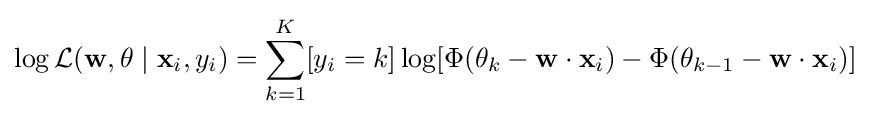
\log {\mathcal {L}}(\mathbf {w} ,\mathbf {\theta } \mid \mathbf {x} _{i},y_{i})=\sum _{k=1}^{K}[y_{i}=k]\log[\Phi (\theta _{k}-\mathbf {w} \cdot \mathbf {x} _{i})-\Phi (\theta _{k-1}-\mathbf {w} \cdot \mathbf {x} _{i})]